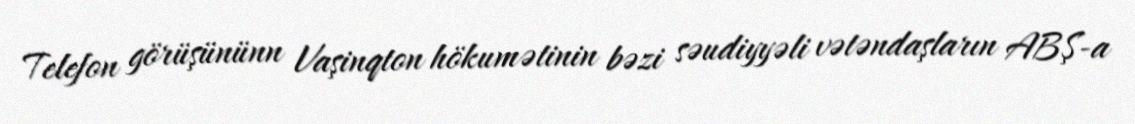
Telefon görüşününn Vaşinqton hökumətinin bəzi səudiyyəli vətəndaşların ABŞ-a